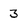
Character: 3